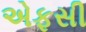
એફસી